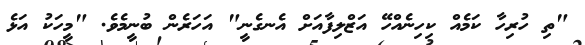
"ތި ހުރިހާ ކަމެއް ކިހިނެއްހޭ އަޒްލިފާއަށް އެނގެނީ" އަހަރެން ބުނީމެވެ. "މީހަކު އަޅެ